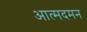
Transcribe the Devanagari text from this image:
आत्मदमन